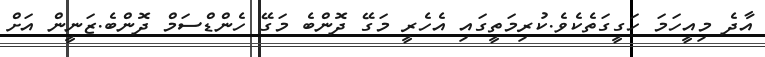
އާދެ މިއީހަމަ ހަގީގަތެކެވެ.ކުރިމަތީގައި އެހެރީ މަގޭ ދޮންބެ މަގޭ ހެންޑްސަމް ދޮންބެ.ޒަނީން އަށް